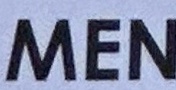
MEN